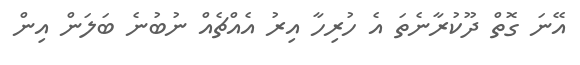
އޭނަ ގޮތް ދޫކުރާނެތަ އެ ހުރިހާ އިރު އެއްޗެއް ނުބުނެ ބަލަން އިން